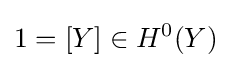
1=[Y]\in H^{0}(Y)